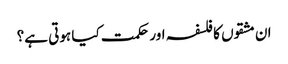
ان مشقوں کا فلسفہ اور حکمت کیا ہوتی ہے؟